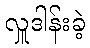
လှူဒါန်းခဲ့